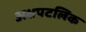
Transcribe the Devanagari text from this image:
अक्षपटलिक